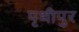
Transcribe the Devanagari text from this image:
पृथीपुर